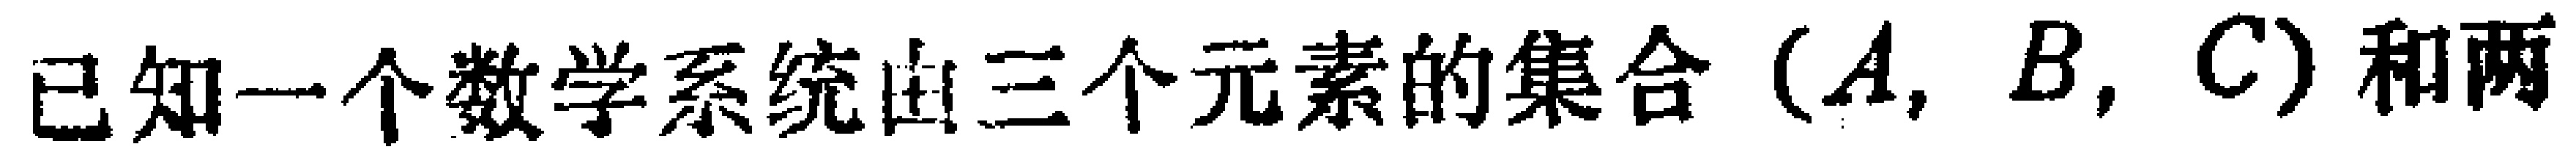
已知一个数学系统由三个元素的集合\((A, B, C)\)和两